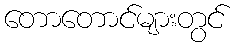
တောတောင်များတွင်